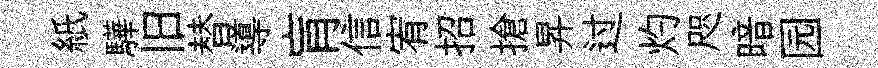
紙驊旧替導肓信宥招搶昇过灼咫暗园